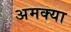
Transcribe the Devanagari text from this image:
अमक्या